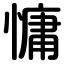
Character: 慵